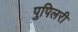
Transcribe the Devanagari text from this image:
पुपिलरी